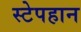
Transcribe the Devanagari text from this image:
स्टेपहान